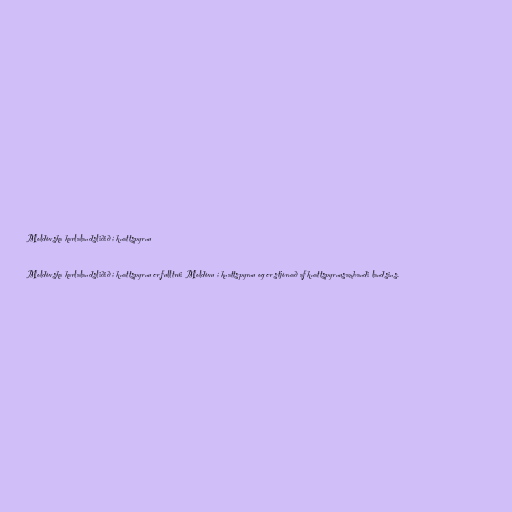
Moldóvska karlalandsliðið í knattspyrnu

Moldóvska karlalandsliðið í knattspyrnu er fulltrúi Moldóvu í knattspyrnu og er stjórnað af knattspyrnusambandi landsins.